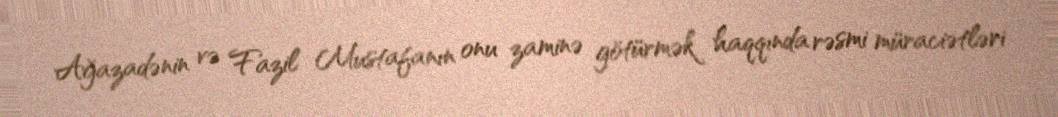
Ağazadənin və Fazil Mustafanın onu zaminə götürmək haqqında rəsmi müraciətləri